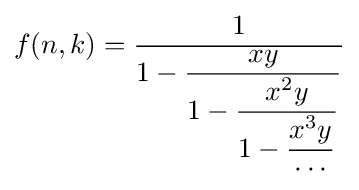
{\begin{aligned}f(n,k)={\dfrac {1}{1-{\dfrac {xy}{1-{\dfrac {x^{2}y}{1-{\dfrac {x^{3}y}{\cdots }}}}}}}}\end{aligned}}